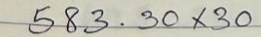
583 . 30 x30